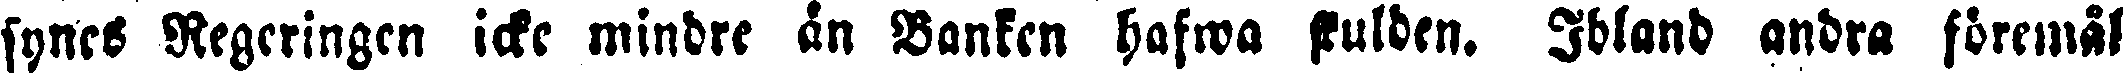
synes Regeringen icke mindre än Banken hafwa skulden. Ibland andra föremal